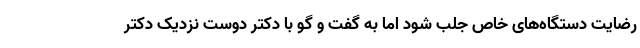
رضایت دستگاه‌های خاص جلب شود اما به گفت و گو با دکتر دوست نزدیک دکتر